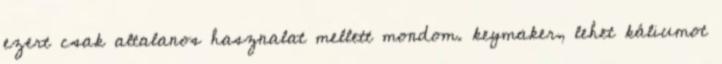
ezert csak altalanos hasznalat mellett mondom. keymaker, lehet káliumot